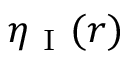
\eta _ { \mathrm { ~ I ~ } } ( r )